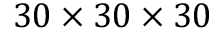
3 0 \times 3 0 \times 3 0